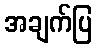
အချက်ပြ